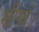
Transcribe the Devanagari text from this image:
सीखें।